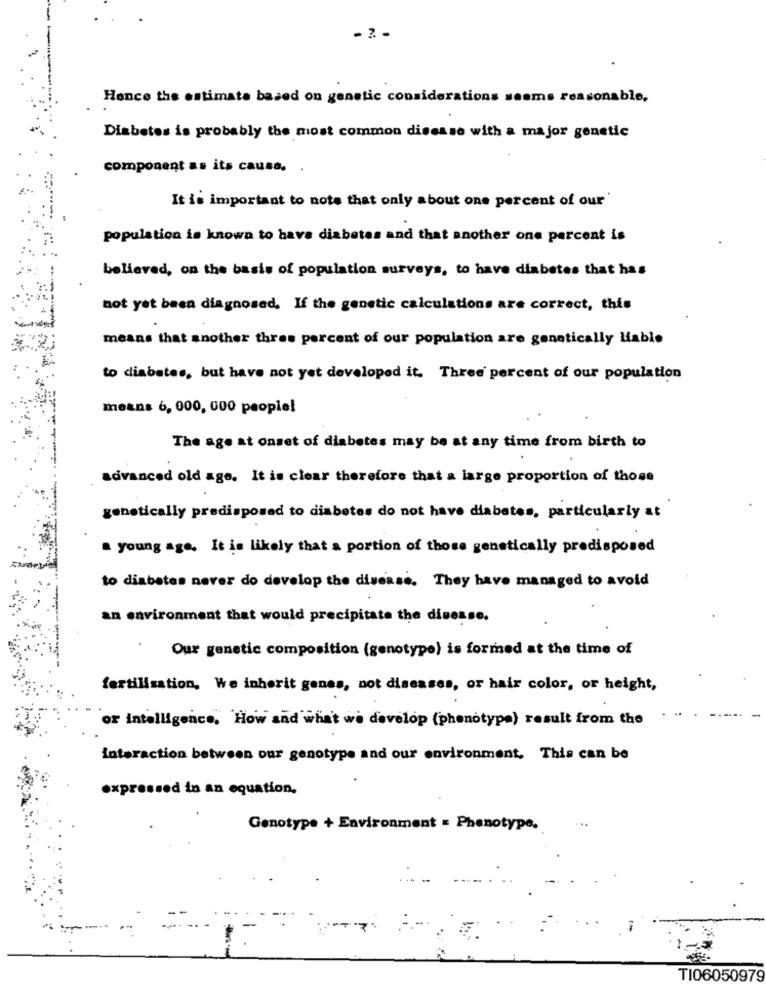
- 2 -
Hence the estimate based on genetic considerations seems reasonable,
Diabetes is probably the most common disease with a major genetic
component as its cause. .
It is important to note that only about one percent of our
population is known to have diabetes and that another one percent is
believed, on the basis of population surveys, to have diabetes that has
not yet been diagnosed. If the genetic calculations are correct, this
means that another three percent of our population are genetically Hable
to diabetes, but have not yet developed it. Three percent of our population
means 6, 000, 000 people!
The age at onset of diabetes may be at any time from birth to
advanced old age. It is clear therefore that a large proportion of those
genetically predisposed to diabetes do not have diabetes, particularly at
a young age. It is likely that a portion of those genetically predisposed
to diabetes never do develop the disease. They have managed to avoid
an environment that would precipitate the disease.
Our genetic composition (genotype) is formed at the time of
fertilisation, We inherit genes, not diseases, or hair color, or height,
or intelligence, How and what we develop (phenotype) result from the
interaction between our genotype and our environment, This can be
expressed in an equation,
Genotype + Environment = Phenotype.
TI06050979